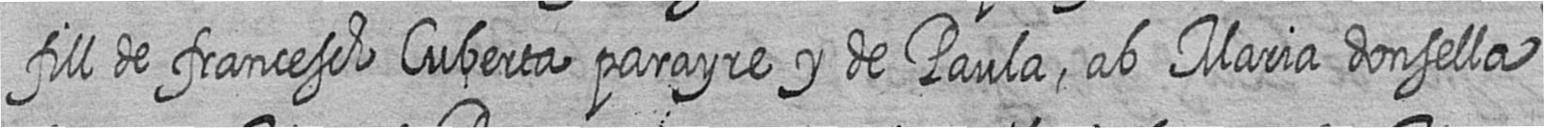
fill de francesch Cuberta parayre y de Paula ab Maria donsella